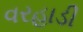
વરહાડી